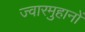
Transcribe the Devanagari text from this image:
ज्वारमुहानों